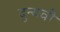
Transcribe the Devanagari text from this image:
दुन्यवी